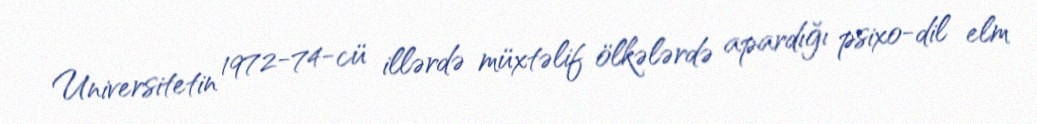
Universitetin 1972-74-cü illərdə müxtəlif ölkələrdə apardığı psixo-dil elm